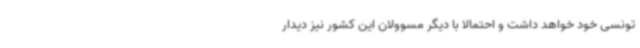
تونسی خود خواهد داشت و احتمالا با دیگر مسوولان این کشور نیز دیدار